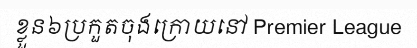
ខ្លួន៦ប្រកួតចុងក្រោយនៅ Premier League